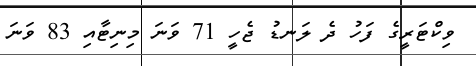
ވިކްޓަރީގެ ފަހު ދެ ލަނޑު ޖެހީ 71 ވަނަ މިނިޓާއި 83 ވަނަ